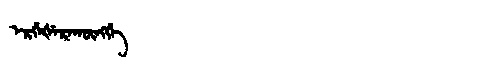
Manchu: ᡝᡵᡤᡝᡧᡝᡵᠠᡴᡡᠩᡤᡝ
Romanization: ERGEŠERAKŪNGGE